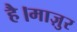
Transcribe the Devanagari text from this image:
है।माज़ुर